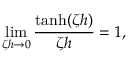
\operatorname* { l i m } _ { \zeta h \rightarrow 0 } \frac { \operatorname { t a n h } ( \zeta h ) } { \zeta h } = 1 ,